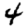
Digit: 4